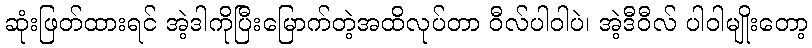
ဆုံးဖြတ်ထားရင် အဲ့ဒါကိုပြီးမြောက်တဲ့အထိလုပ်တာ ဝီလ်ပါဝါပဲ၊ အဲ့ဒီဝီလ် ပါဝါမျိုးတော့